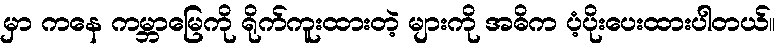
မှာ ကနေ ကမ္ဘာမြေကို ရိုက်ကူးထားတဲ့ များကို အဓိက ပံ့ပိုးပေးထားပါတယ်။